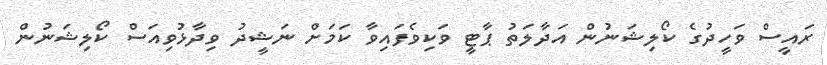
ރައީސް ވަހީދުގެ ކޯލިޝަނުން އަދާލަތު ޕާޓީ ވަކިވެފައިވާ ކަމަށް ނަޝީދު ވިދާޅުވިއަސް ކޯލިޝަނުން